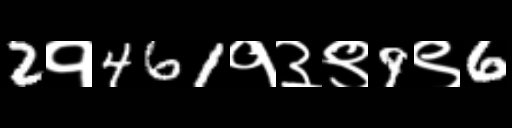
Text: 2१461१३९9९6